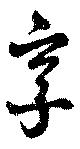
享